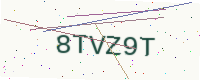
Text: 8TVZ9T